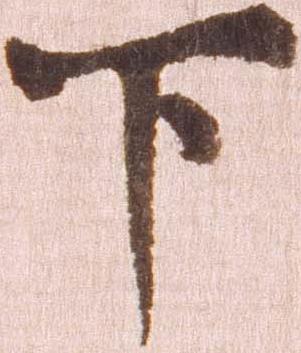
下